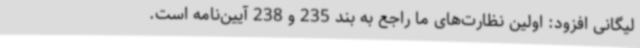
لیگانی افزود: اولین نظارت‌های ما راجع به بند 235 و 238 آیین‌نامه است.